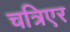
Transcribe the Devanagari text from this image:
चत्रिएर